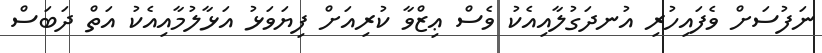
ނަފުސަށް ވެފައިހުރި އުނދަގުލާއިއެކު ވެސް ޢިޒްވާ ކުރިއަށް ފިޔަވަޅު އަޅާލުމާއިއެކު އަތް ދަބަސް